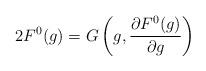
LaTeX: \begin{align*}2 F^0(g) = G\left(g, \frac{\partial F^0(g)}{\partial g}\right) \end{align*}